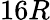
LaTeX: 16R